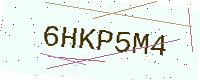
Text: 6HKP5M4